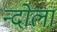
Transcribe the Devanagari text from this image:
न्दोला